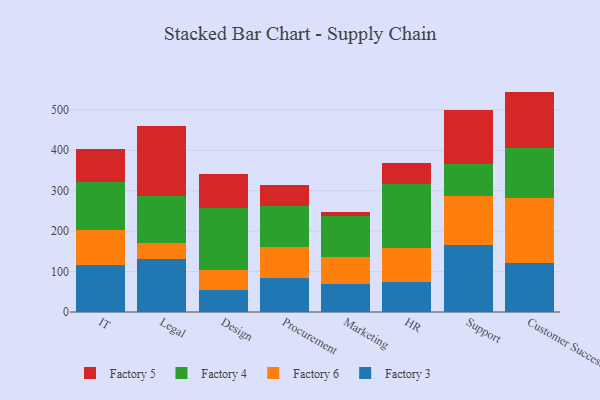
{"axis": {"x": "Department", "y": "Demand Index"}, "legend": ["Factory 3", "Factory 4", "Factory 5", "Factory 6"], "data": [{"x": "IT", "y": 116.4, "type": "Factory 3"}, {"x": "IT", "y": 85.2, "type": "Factory 6"}, {"x": "IT", "y": 119.1, "type": "Factory 4"}, {"x": "IT", "y": 83.0, "type": "Factory 5"}, {"x": "Legal", "y": 130.4, "type": "Factory 3"}, {"x": "Legal", "y": 39.1, "type": "Factory 6"}, {"x": "Legal", "y": 116.4, "type": "Factory 4"}, {"x": "Legal", "y": 174.7, "type": "Factory 5"}, {"x": "Design", "y": 54.9, "type": "Factory 3"}, {"x": "Design", "y": 49.1, "type": "Factory 6"}, {"x": "Design", "y": 154.4, "type": "Factory 4"}, {"x": "Design", "y": 83.4, "type": "Factory 5"}, {"x": "Procurement", "y": 83.9, "type": "Factory 3"}, {"x": "Procurement", "y": 76.1, "type": "Factory 6"}, {"x": "Procurement", "y": 102.6, "type": "Factory 4"}, {"x": "Procurement", "y": 50.7, "type": "Factory 5"}, {"x": "Marketing", "y": 69.4, "type": "Factory 3"}, {"x": "Marketing", "y": 67.2, "type": "Factory 6"}, {"x": "Marketing", "y": 101.3, "type": "Factory 4"}, {"x": "Marketing", "y": 9.0, "type": "Factory 5"}, {"x": "HR", "y": 73.8, "type": "Factory 3"}, {"x": "HR", "y": 85.3, "type": "Factory 6"}, {"x": "HR", "y": 156.6, "type": "Factory 4"}, {"x": "HR", "y": 53.8, "type": "Factory 5"}, {"x": "Support", "y": 166.7, "type": "Factory 3"}, {"x": "Support", "y": 119.1, "type": "Factory 6"}, {"x": "Support", "y": 80.2, "type": "Factory 4"}, {"x": "Support", "y": 133.8, "type": "Factory 5"}, {"x": "Customer Success", "y": 120.2, "type": "Factory 3"}, {"x": "Customer Success", "y": 161.9, "type": "Factory 6"}, {"x": "Customer Success", "y": 124.5, "type": "Factory 4"}, {"x": "Customer Success", "y": 138.5, "type": "Factory 5"}]}